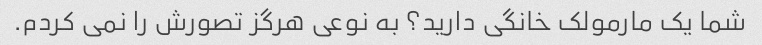
شما یک مارمولک خانگی دارید؟ به نوعی هرگز تصورش را نمی کردم.